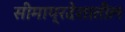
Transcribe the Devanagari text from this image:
सीमाप्रदेशातील